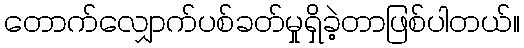
တောက်လျှောက်ပစ်ခတ်မှုရှိခဲ့တာဖြစ်ပါတယ်။